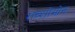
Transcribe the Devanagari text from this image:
राव्शोमोन